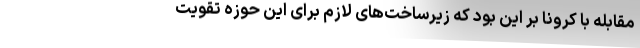
مقابله با کرونا بر این بود که زیرساخت‌های لازم برای این حوزه تقویت